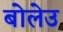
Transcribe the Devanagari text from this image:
बोलेउ